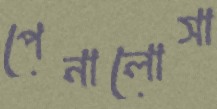
পেনালোসা